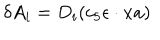
LaTeX: \delta A _ { i } = D _ { i } ( c _ { 5 } \epsilon \cdot x a )